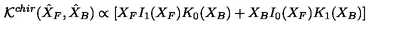
{ \cal K } ^ { c h i r } ( \hat { X } _ { F } , \hat { X } _ { B } ) \propto \left[ X _ { F } I _ { 1 } ( X _ { F } ) K _ { 0 } ( X _ { B } ) + X _ { B } I _ { 0 } ( X _ { F } ) K _ { 1 } ( X _ { B } ) \right]